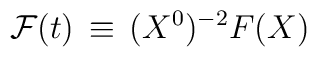
{\cal F}(t) \, \equiv \,  (X^0)^{-2} F(X)